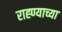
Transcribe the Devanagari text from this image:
राह्ण्याच्या